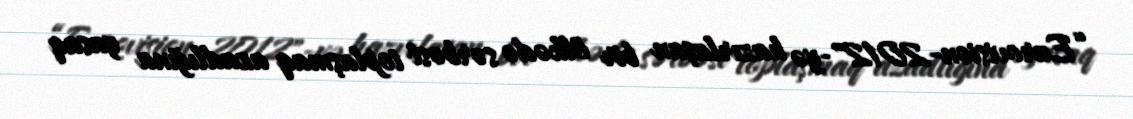
“Eurovision-2012"-yə hazırlaşan bir ölkədə sərbəst toplaşmaq azadlığına yasaq